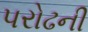
પરોઢની